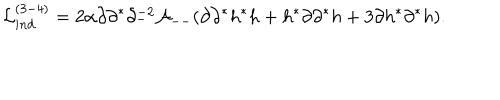
LaTeX: { \cal L } _ { i n d } ^ { ( 3 - 4 ) } = 2 \alpha \partial \partial ^ { * } \partial _ { - } ^ { - 2 } { \cal A } _ { -- } ( \partial \partial ^ { * } h ^ { * } h + h ^ { * } \partial \partial ^ { * } h + 3 \partial h ^ { * } \partial ^ { * } h ) .